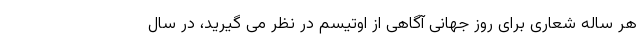
هر ساله شعاری برای روز جهانی آگاهی از اوتیسم در نظر می گیرید، در سال